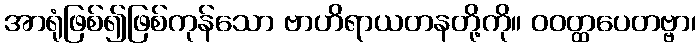
အာရုံဖြစ်၍ဖြစ်ကုန်သော ဗာဟိရာယတနတို့ကို။ ဝဝတ္ထပေတဗ္ဗာ၊